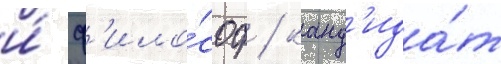
и́ ф'ило́соф / канд'ида́т